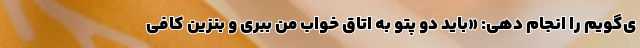
ی‌گویم را انجام دهی: «باید دو پتو به اتاق خواب من ببری و بنزین کافی